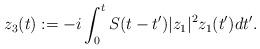
LaTeX: \begin{align*} z_3(t) := -i \int_0^t S(t - t') |z_1|^2 z_1(t') dt'. \end{align*}